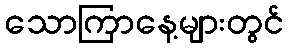
သောကြာနေ့များတွင်